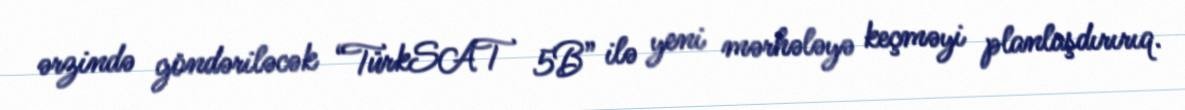
ərzində göndəriləcək “TürkSAT 5B” ilə yeni mərhələyə keçməyi planlaşdırırıq.